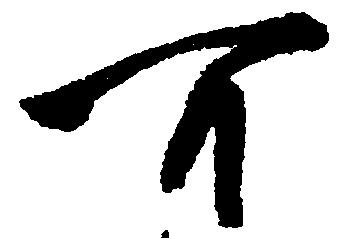
可